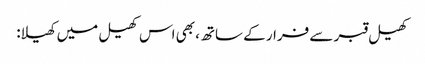
کھیل قبر سے فرار کے ساتھ، بھی اس کھیل میں کھیلا: